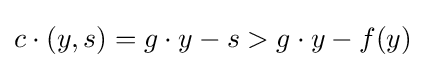
c\cdot (y,s)=g\cdot y-s>g\cdot y-f(y)